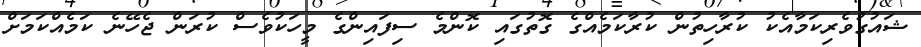
ޝައުގުވެރިކަމާއެކު ކުރާހިތުން ކުރާކަމެއްގެ ގޮތުގައި ކޮންމެ ސިފައިންގެ މީހަކުވެސް ކުރަން ޖެހޭނެ ކަމެއްކަމަށް